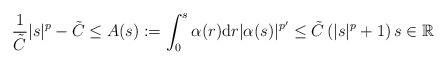
LaTeX: \begin{align*}\frac{1}{\tilde{C}}|s|^{p}-\tilde{C}\leq A(s):=\int_{0}^{s}\alpha(r)\mathrm{d}r|\alpha(s)|^{p^{\prime}}\leq\tilde{C}\left(|s|^{p}+1\right) s\in\mathbb{R} \end{align*}